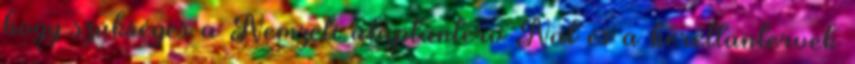
hogy szükséges a Nemzeti alaptanterv Nat és a kerettantervek